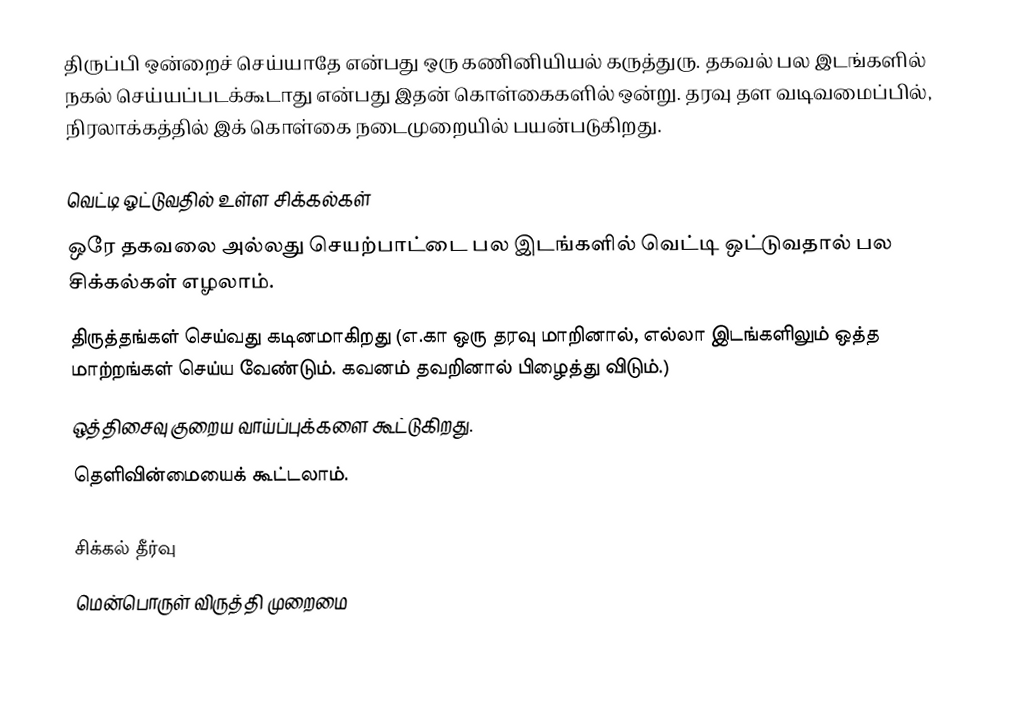
திருப்பி ஒன்றைச் செய்யாதே என்பது ஒரு கணினியியல் கருத்துரு. தகவல் பல இடங்களில் நகல் செய்யப்படக்கூடாது என்பது இதன் கொள்கைகளில் ஒன்று. தரவு தள வடிவமைப்பில், நிரலாக்கத்தில் இக் கொள்கை நடைமுறையில் பயன்படுகிறது.

வெட்டி ஓட்டுவதில் உள்ள சிக்கல்கள்
ஒரே தகவலை அல்லது செயற்பாட்டை பல இடங்களில் வெட்டி ஒட்டுவதால் பல சிக்கல்கள் எழலாம்.
 திருத்தங்கள் செய்வது கடினமாகிறது (எ.கா ஒரு தரவு மாறினால், எல்லா இடங்களிலும் ஒத்த மாற்றங்கள் செய்ய வேண்டும். கவனம் தவறினால் பிழைத்து விடும்.)
 ஒத்திசைவு குறைய வாய்ப்புக்களை கூட்டுகிறது.
 தெளிவின்மையைக் கூட்டலாம்.

சிக்கல் தீர்வு
மென்பொருள் விருத்தி முறைமை